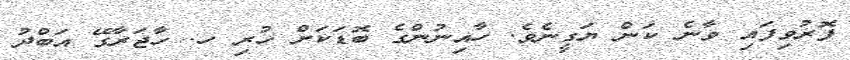
ފޮރުވިފައި ވާނެ ކަން ޔަގީނެވެ. ހާއިނުންގެ ބޮޑަކަށް ހުރި ހ. ހާޖަރާގޭ އަބްދު